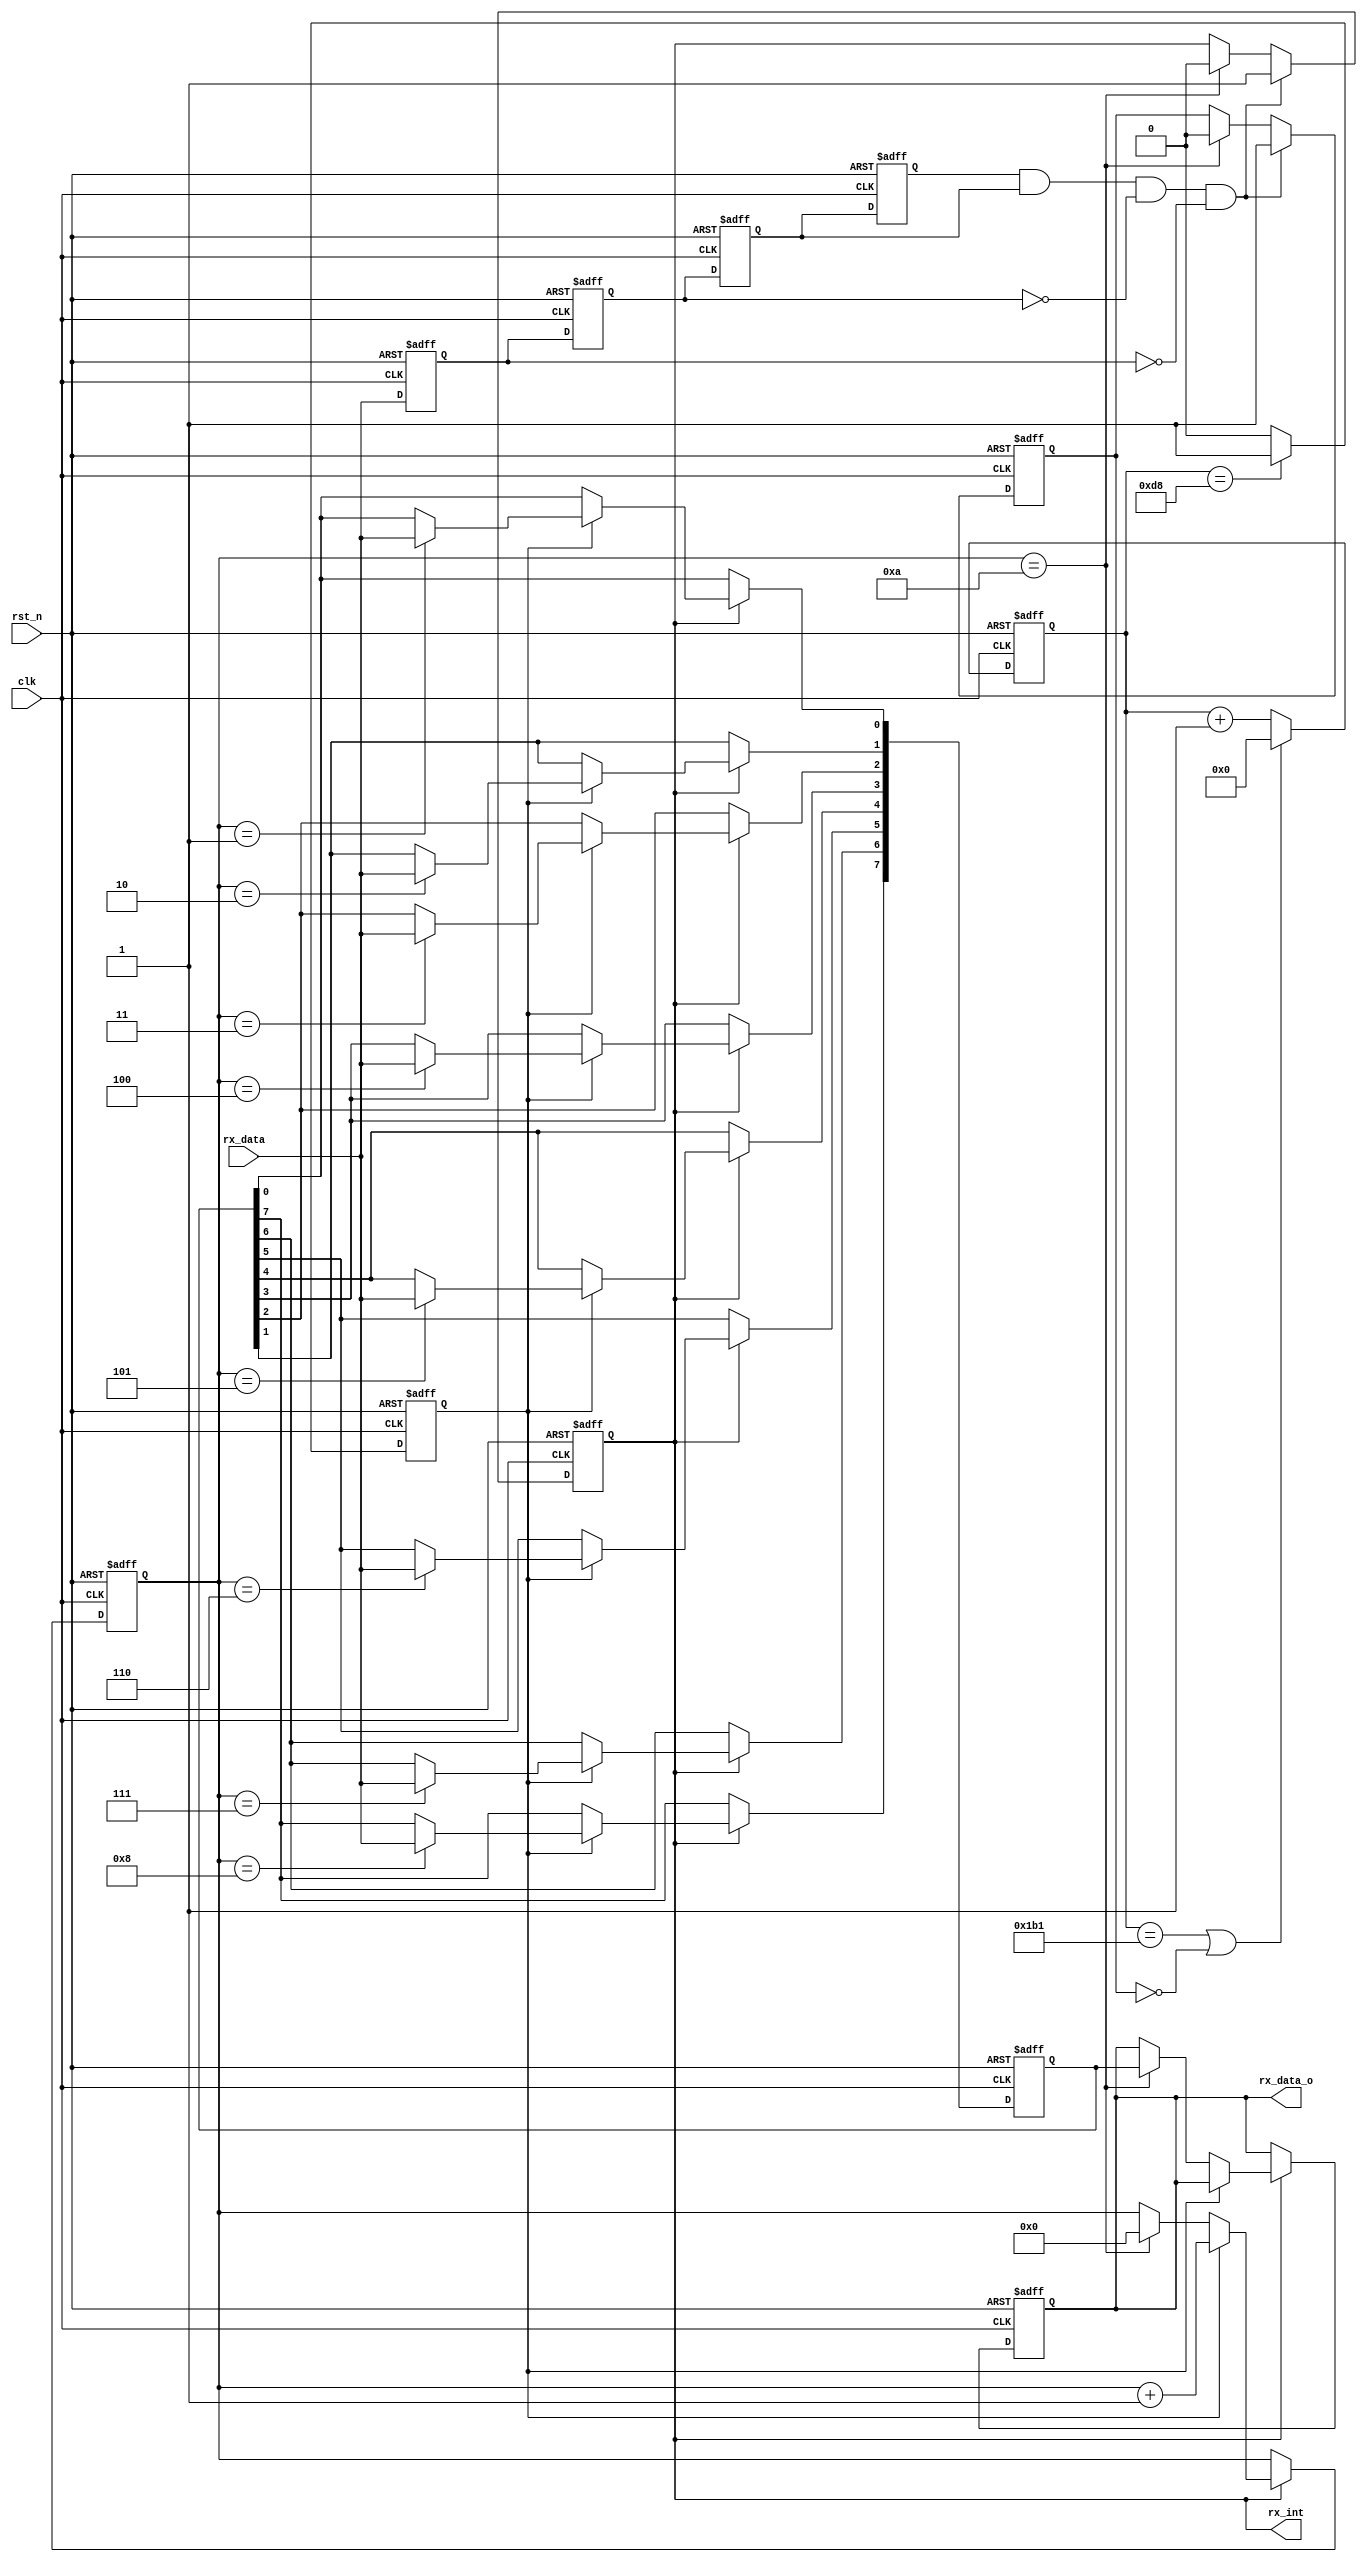
//////////////////////////////////////////////////////////////////////////////////
// Module Name:    usart_rx 
// 
//////////////////////////////////////////////////////////////////////////////////
module usart_rx
(
	 input clk,             	//50M
	 input rst_n,					//
	 
	 input rx_data,         	//
	 
	 output reg rx_int,       	//,
	 output [7:0]  rx_data_o 	//1
);
	

/*
//
parameter 	bps9600 		= 5207,	//9600bps
			 	bps19200 	= 2603,	//19200bps
				bps38400 	= 1301,	//38400bps
				bps57600 	= 867,	//57600bps
				bps115200	= 433;	//115200bps
				bps921600   = 53;    //921600bps

parameter 	bps9600_2 	= 2603,
				bps19200_2	= 1301,
				bps38400_2	= 650,
				bps57600_2	= 433,
				bps115200_2 = 216;  
				bps921600_2 = 26;
*/


//
`define		BPS_PARA		 433	//115200
`define  	BPS_PARA_2	 216	//115200
//------------------------------------------------------------------------


reg [12:0] cnt;			//
reg clk_bps_r;				//
wire clk_bpsrx;
wire bps_startrx;
	
//	
always @ (posedge clk or negedge rst_n)
begin
	 if(!rst_n)
		 begin
			 cnt <= 13'd0;
		 end 
	 else if( (cnt == `BPS_PARA) || (!bps_startrx) )
		 begin
			 cnt <= 13'd0;			//
		 end 
	 else cnt <= cnt + 1'b1;	//
end
	 
//clk_bps_r,
always @ (posedge clk or negedge rst_n)
begin
	if(!rst_n) 
		clk_bps_r <= 1'b0;
	else if
		(cnt == `BPS_PARA_2) clk_bps_r <= 1'b1;	 // clk_bps_r,
	else 
		clk_bps_r <= 1'b0;
end
	
assign clk_bpsrx = clk_bps_r; 	
//------------------------------------------------------------------------	
	
	
	
	
//----------------------------------------------------------------
reg rx_data0,  rx_data1,  rx_data2,  rx_data3;	//
wire neg_rx_data;	    //
  
always @ (posedge clk or negedge rst_n) 
	begin
		if(!rst_n)
			begin
				 rx_data0 <= 1'b0;
				 rx_data1 <= 1'b0;
				 rx_data2 <= 1'b0;
				 rx_data3 <= 1'b0;
			end
			
		else
			begin
				 rx_data0 <= rx_data;
				 rx_data1 <= rx_data0;
				 rx_data2 <= rx_data1;
				 rx_data3 <= rx_data2;
			end
	end
	
assign neg_rx_data = rx_data3 & rx_data2 & ~rx_data1 & ~rx_data0;	//neg_rx_Inte_Ti
//------------------------------------------------------------------------


//*******************************************//
reg bps_start_r;
reg[4:0] num;	   //

always @ (posedge clk or negedge rst_n)
begin
	if(!rst_n) 
		begin
			bps_start_r <= 1'b0;
			rx_int <= 1'b1;
		end
		
	else if(neg_rx_data)     //
		begin		             //neg_rx_Inte_Ti
			bps_start_r <= 1'b1;	   //
			rx_int <= 1'b1;			//
		end
		
	else if(num==5'd10)
		begin		//
			bps_start_r <= 1'b0;	   //
			rx_int <= 1'b0;			//
		end
end

assign bps_startrx = bps_start_r;
//******************************************************************//


//----------------------------------------------------------------
reg[7:0] rx_data_r;		//
reg[7:0] rx_temp_data;	//

always @ (posedge clk or negedge rst_n)
begin
	if(!rst_n) 
		begin
			rx_temp_data <= 8'd0;
			num <= 5'd0;
			rx_data_r <= 8'd0;
		end
		
	else if(rx_int)
		begin	//
			if(clk_bpsrx)    //
				begin	//,8bit12
					case (num)
						4'd1: rx_temp_data[0] <= rx_data;	//0bit
						4'd2: rx_temp_data[1] <= rx_data;	//1bit
						4'd3: rx_temp_data[2] <= rx_data;	//2bit
						4'd4: rx_temp_data[3] <= rx_data;	//3bit
						4'd5: rx_temp_data[4] <= rx_data;	//4bit
						4'd6: rx_temp_data[5] <= rx_data;	//5bit
						4'd7: rx_temp_data[6] <= rx_data;	//6bit
						4'd8: rx_temp_data[7] <= rx_data;	//7bit
						default: ;
					endcase
					num <= num + 1'b1;
				end
				
			else if(num == 5'd10)
				begin		               			//1+8+1(2)=11bit
					num <= 5'd0;						//STOP,num
   				rx_data_r <= rx_temp_data;	   //rx_data			
				end
		end
end


assign rx_data_o = rx_data_r;	   //rx_data_o

endmodule